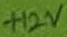
Text: +12V